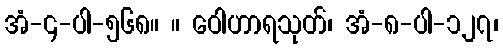
အံ-၄-ပါ-၅၆၈။ ။ ဝေါဟာရသုတ်၊ အံ-၈-ပါ-၁၂၇၊